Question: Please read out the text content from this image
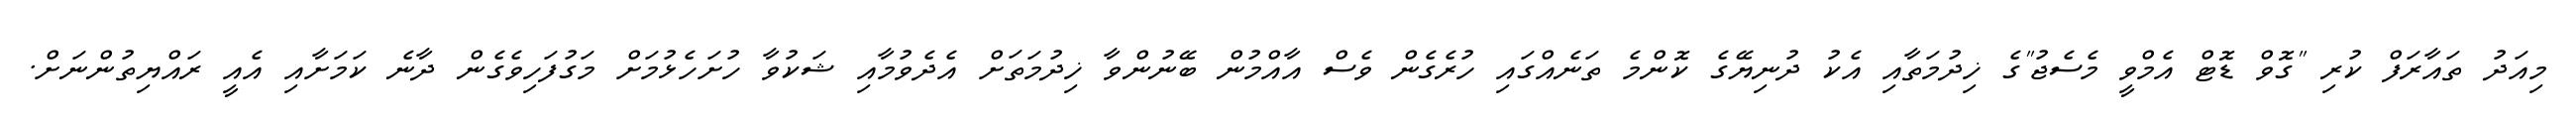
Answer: މިއަދު ތައާރަފް ކުރި "ގޮވް ޑޮޓް އެމްވީ މެސެޖު"ގެ ޚިދުމަތާއި އެކު ދުނިޔޭގެ ކޮންމެ ތަނެއްގައި ހުރެގެން ވެސް އާއްމުން ބޭނުންވާ ޚިދުމަތަށް އެދެވުމާއި ޝަކުވާ ހުށަހެޅުމަށް މަގުފަހިވެގެން ދާނެ ކަމަށާއި އެއީ ރައްޔިތުންނަށް.